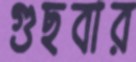
গুছবার